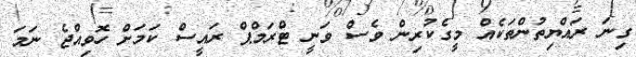
ގިނަ ރައްޔިތުންތަކެއް މީގެކުރިން ވެސް ވަނީ ޓްރަމްޕް ރައީސް ކަމަށް ހޮވިއްޖެ ނަމަ